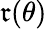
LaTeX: \mathfrak{r}(\theta)